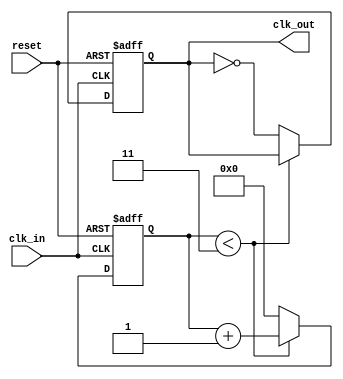
module ClockDivider #(
    parameter N = 4  // Division factor, can be adjusted during instantiation
)(
    input wire clk_in,  // Input clock signal
    input wire reset,    // Asynchronous reset signal
    output reg clk_out   // Output divided clock signal
);

    // Internal counter
    reg [31:0] counter;  // Counter to keep track of clock cycles

    // Always block triggered on the rising edge of the input clock
    always @(posedge clk_in or posedge reset) begin
        if (reset) begin
            // Reset condition
            counter <= 0;
            clk_out <= 0;  // Set output clock to known state
        end else begin
            // Increment the counter
            if (counter < (N - 1)) begin
                counter <= counter + 1;
            end else begin
                // Toggle the output clock and reset the counter
                clk_out <= ~clk_out;  // Toggle output clock
                counter <= 0;         // Reset counter
            end
        end
    end

endmodule